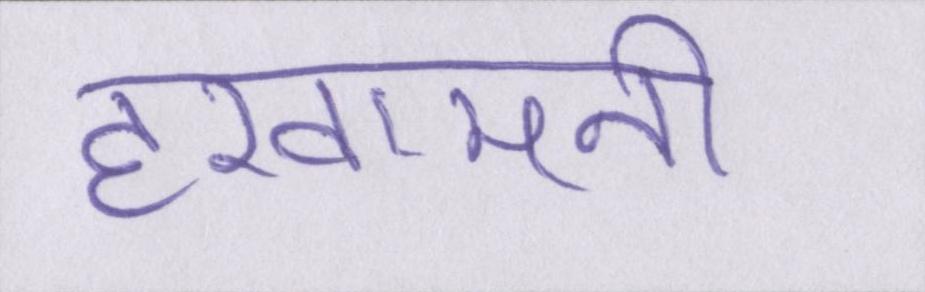
हखामनी